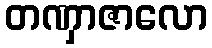
တဏှာဇာလော